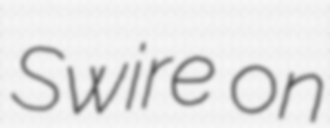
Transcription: Swire on